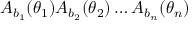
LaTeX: A _ { b _ { 1 } } ( \theta _ { 1 } ) A _ { b _ { 2 } } ( \theta _ { 2 } ) \dots A _ { b _ { n } } ( \theta _ { n } )